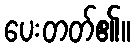
ပေးတတ်၏။